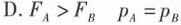
D.$$F_{A} > F_{B}$$ $$P_{A} = p_{B}$$